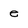
Character: e